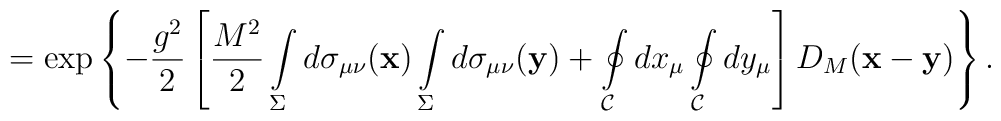
=\exp\left\{-\frac{g^2}{2}\left[\frac{M^2}{2}\int\limits_{\Sigma}^{} d\sigma_{\mu\nu}({\bf x})\int\limits_{\Sigma}^{} d\sigma_{\mu\nu}({\bf y})+\oint\limits_{{\cal C}}^{}dx_\mu \oint\limits_{{\cal C}}^{}dy_\mu\right]D_M({\bf x}-{\bf y})\right\}.